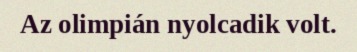
Az olimpián nyolcadik volt.